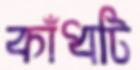
কাঁধটি